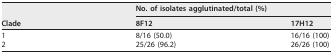
| <ROWSPAN=2> Clade | <COLSPAN=2> No. of isolates agglutinated/total (%) |
 | 8F12 | 17H12 |
 | --- | --- | --- |
 | 1 | 8/16 (50.0) | 16/16 (100) |
 | 2 | 25/26 (96.2) | 26/26 (100) |